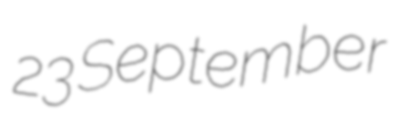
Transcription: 23 September